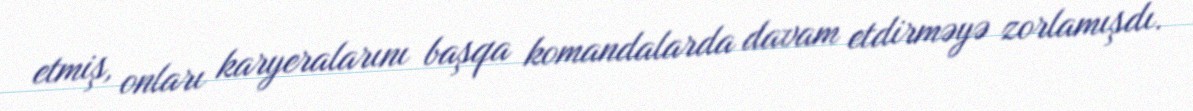
etmiş, onları karyeralarını başqa komandalarda davam etdirməyə zorlamışdı.